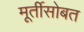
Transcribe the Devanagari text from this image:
मूर्तीसोबत